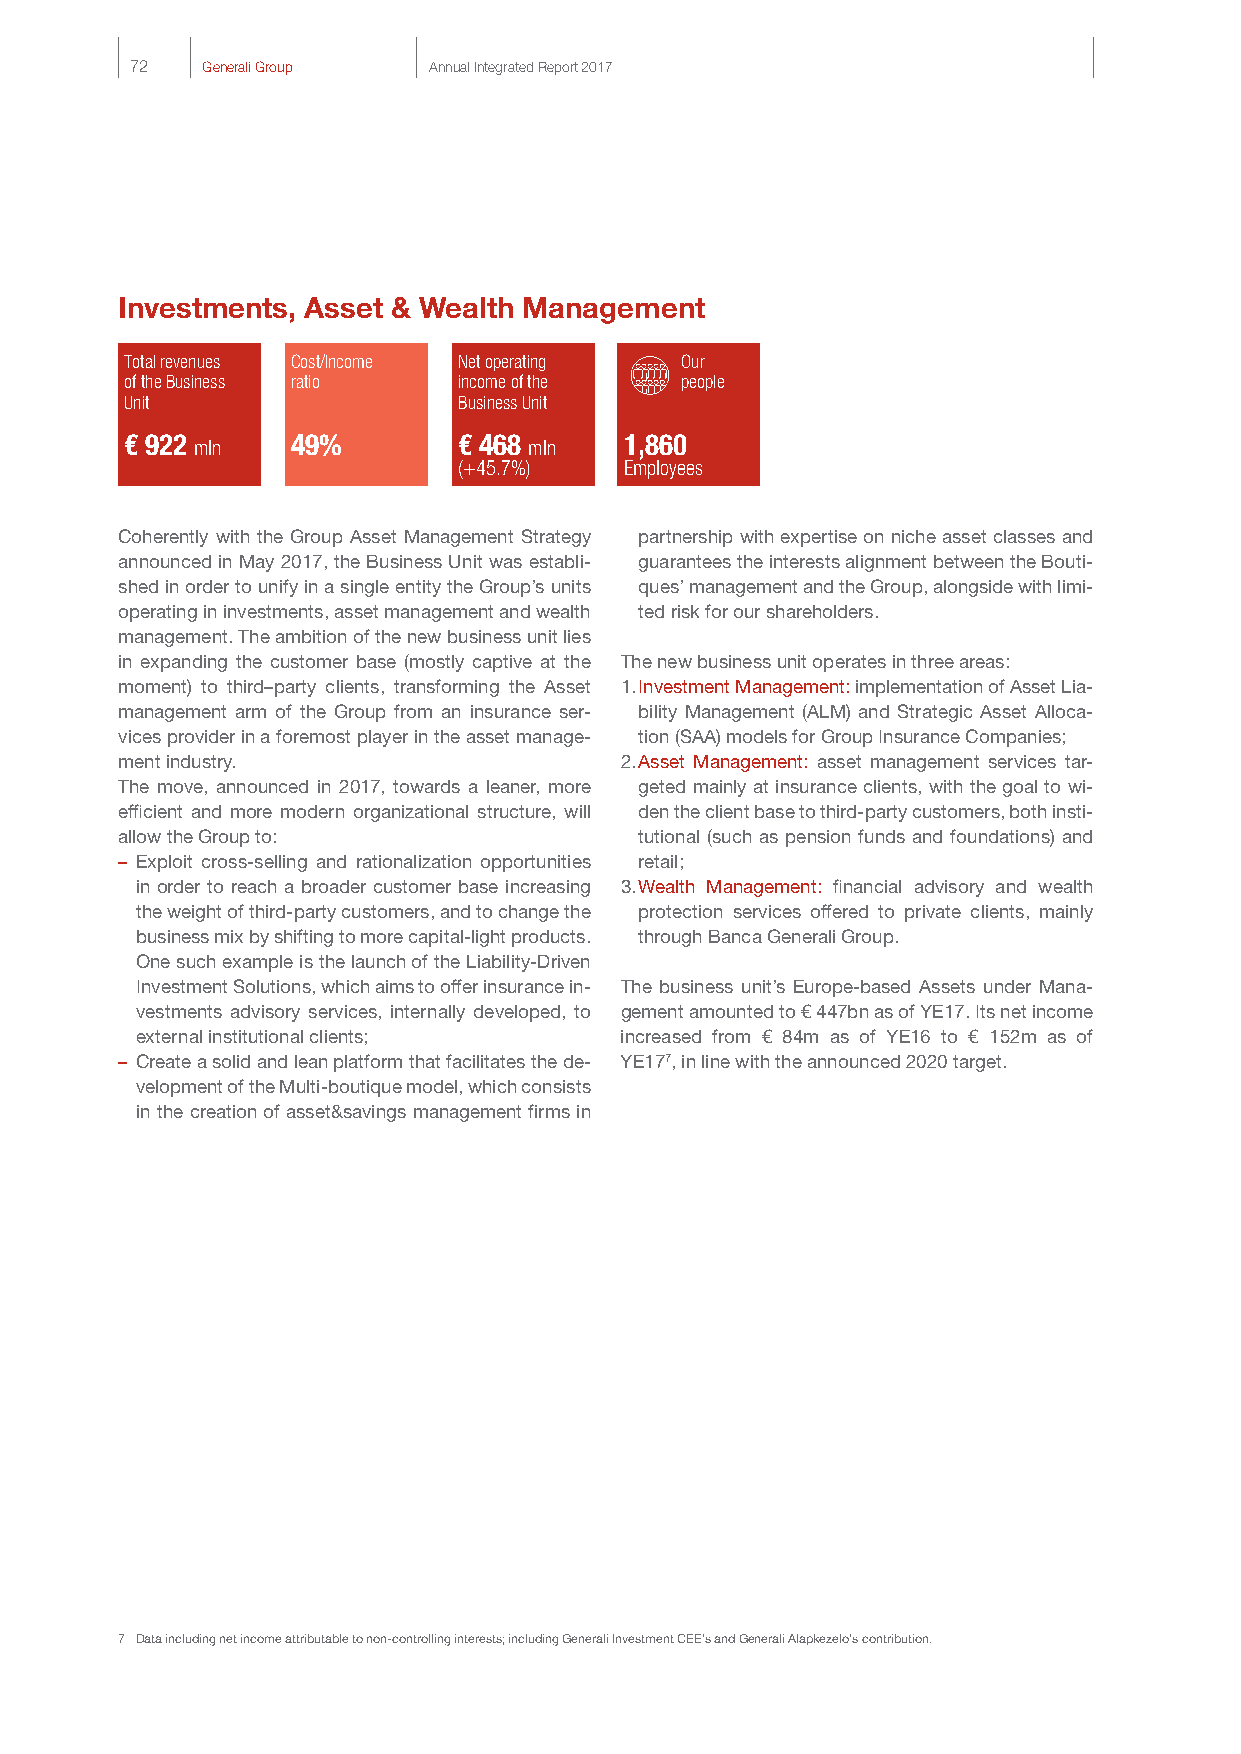
72  Generali Group Annual Integrated Report 2017
 Investments, Asset & Wealth Management
 Total revenues Cost/Income Net operating Our
 of the Business ratio income of the  people
 Unit                  Business Unit
 € 922 mln  49%        € 468 mln  1,860
 (+45.7%)   Employees
 Coherently with the Group Asset Management Strategy partnership with expertise on niche asset classes and
 announced in May 2017, the Business Unit was establi- guarantees the interests alignment between the Bouti-
 shed in order to unify in a single entity the Group’s units ques’ management and the Group, alongside with limi-
 operating in investments, asset management and wealth ted risk for our shareholders.
 management. The ambition of the new business unit lies
 in expanding the customer base (mostly captive at the The new business unit operates in three areas:
 moment) to third–party clients, transforming the Asset 1. Investment Management: implementation of Asset Lia-
 management arm of the Group from an insurance ser- bility Management (ALM) and Strategic Asset Alloca-
 vices provider in a foremost player in the asset manage- tion (SAA) models for Group Insurance Companies;
 ment industry.                   2. Asset Management: asset management services tar-
 The move, announced in 2017, towards a leaner, more geted mainly at insurance clients, with the goal to wi-
 efficient and more modern organizational structure, will den the client base to third-party customers, both insti-
 allow the Group to:               tutional (such as pension funds and foundations) and
 – Exploit cross-selling and rationalization opportunities retail;
 in order to reach a broader customer base increasing 3. Wealth Management: financial advisory and wealth
 the weight of third-party customers, and to change the protection services offered to private clients, mainly
 business mix by shifting to more capital-light products. through Banca Generali Group.
 One such example is the launch of the Liability-Driven
 Investment Solutions, which aims to offer insurance in- The business unit’s Europe-based Assets under Mana-
 vestments advisory services, internally developed, to gement amounted to € 447bn as of YE17. Its net income
 external institutional clients; increased from € 84m as of YE16 to € 152m as of
 – Create a solid and lean platform that facilitates the de- YE177, in line with the announced 2020 target.
 velopment of the Multi-boutique model, which consists
 in the creation of asset&savings management firms in
 7 Data including net income attributable to non-controlling interests; including Generali Investment CEE’s and Generali Alapkezelo’s contribution.